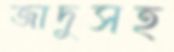
জাদুসহ